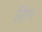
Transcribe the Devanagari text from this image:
तिग्म